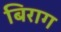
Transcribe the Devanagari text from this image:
बिराग